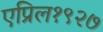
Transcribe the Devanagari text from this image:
एप्रिल१९२७